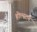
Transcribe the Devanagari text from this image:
होल्स्टन